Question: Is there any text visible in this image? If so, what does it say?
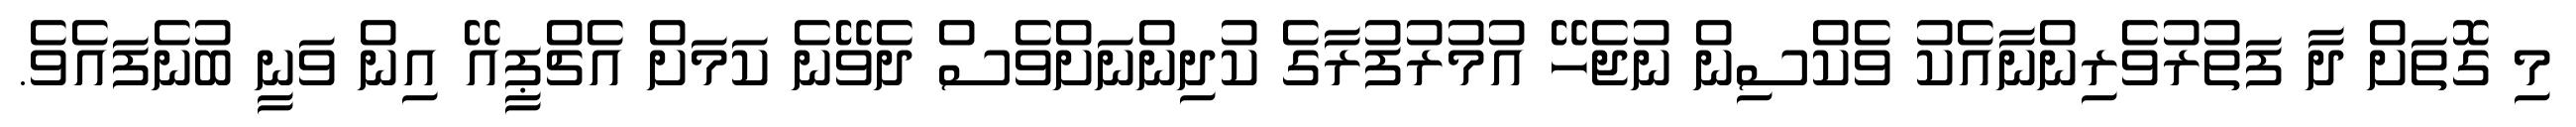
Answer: މި ގޮތަށް ދާ ފަތުރުވެރިންނާއެކު ވެކްސިން ނުޖެހޭ އުމުރުފުރާގެ ކުދިންނަށްވެސް ދެވޭނެ ކަމަށް އެޗްޕީއޭ އިން ވަނީ ބުނެފައެވެ.